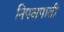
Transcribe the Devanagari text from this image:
निपक्षपाती